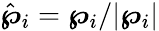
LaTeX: \hat{\boldsymbol{\wp}}_{i}=\boldsymbol{\wp}_{i}/|\boldsymbol{\wp}_{i}|